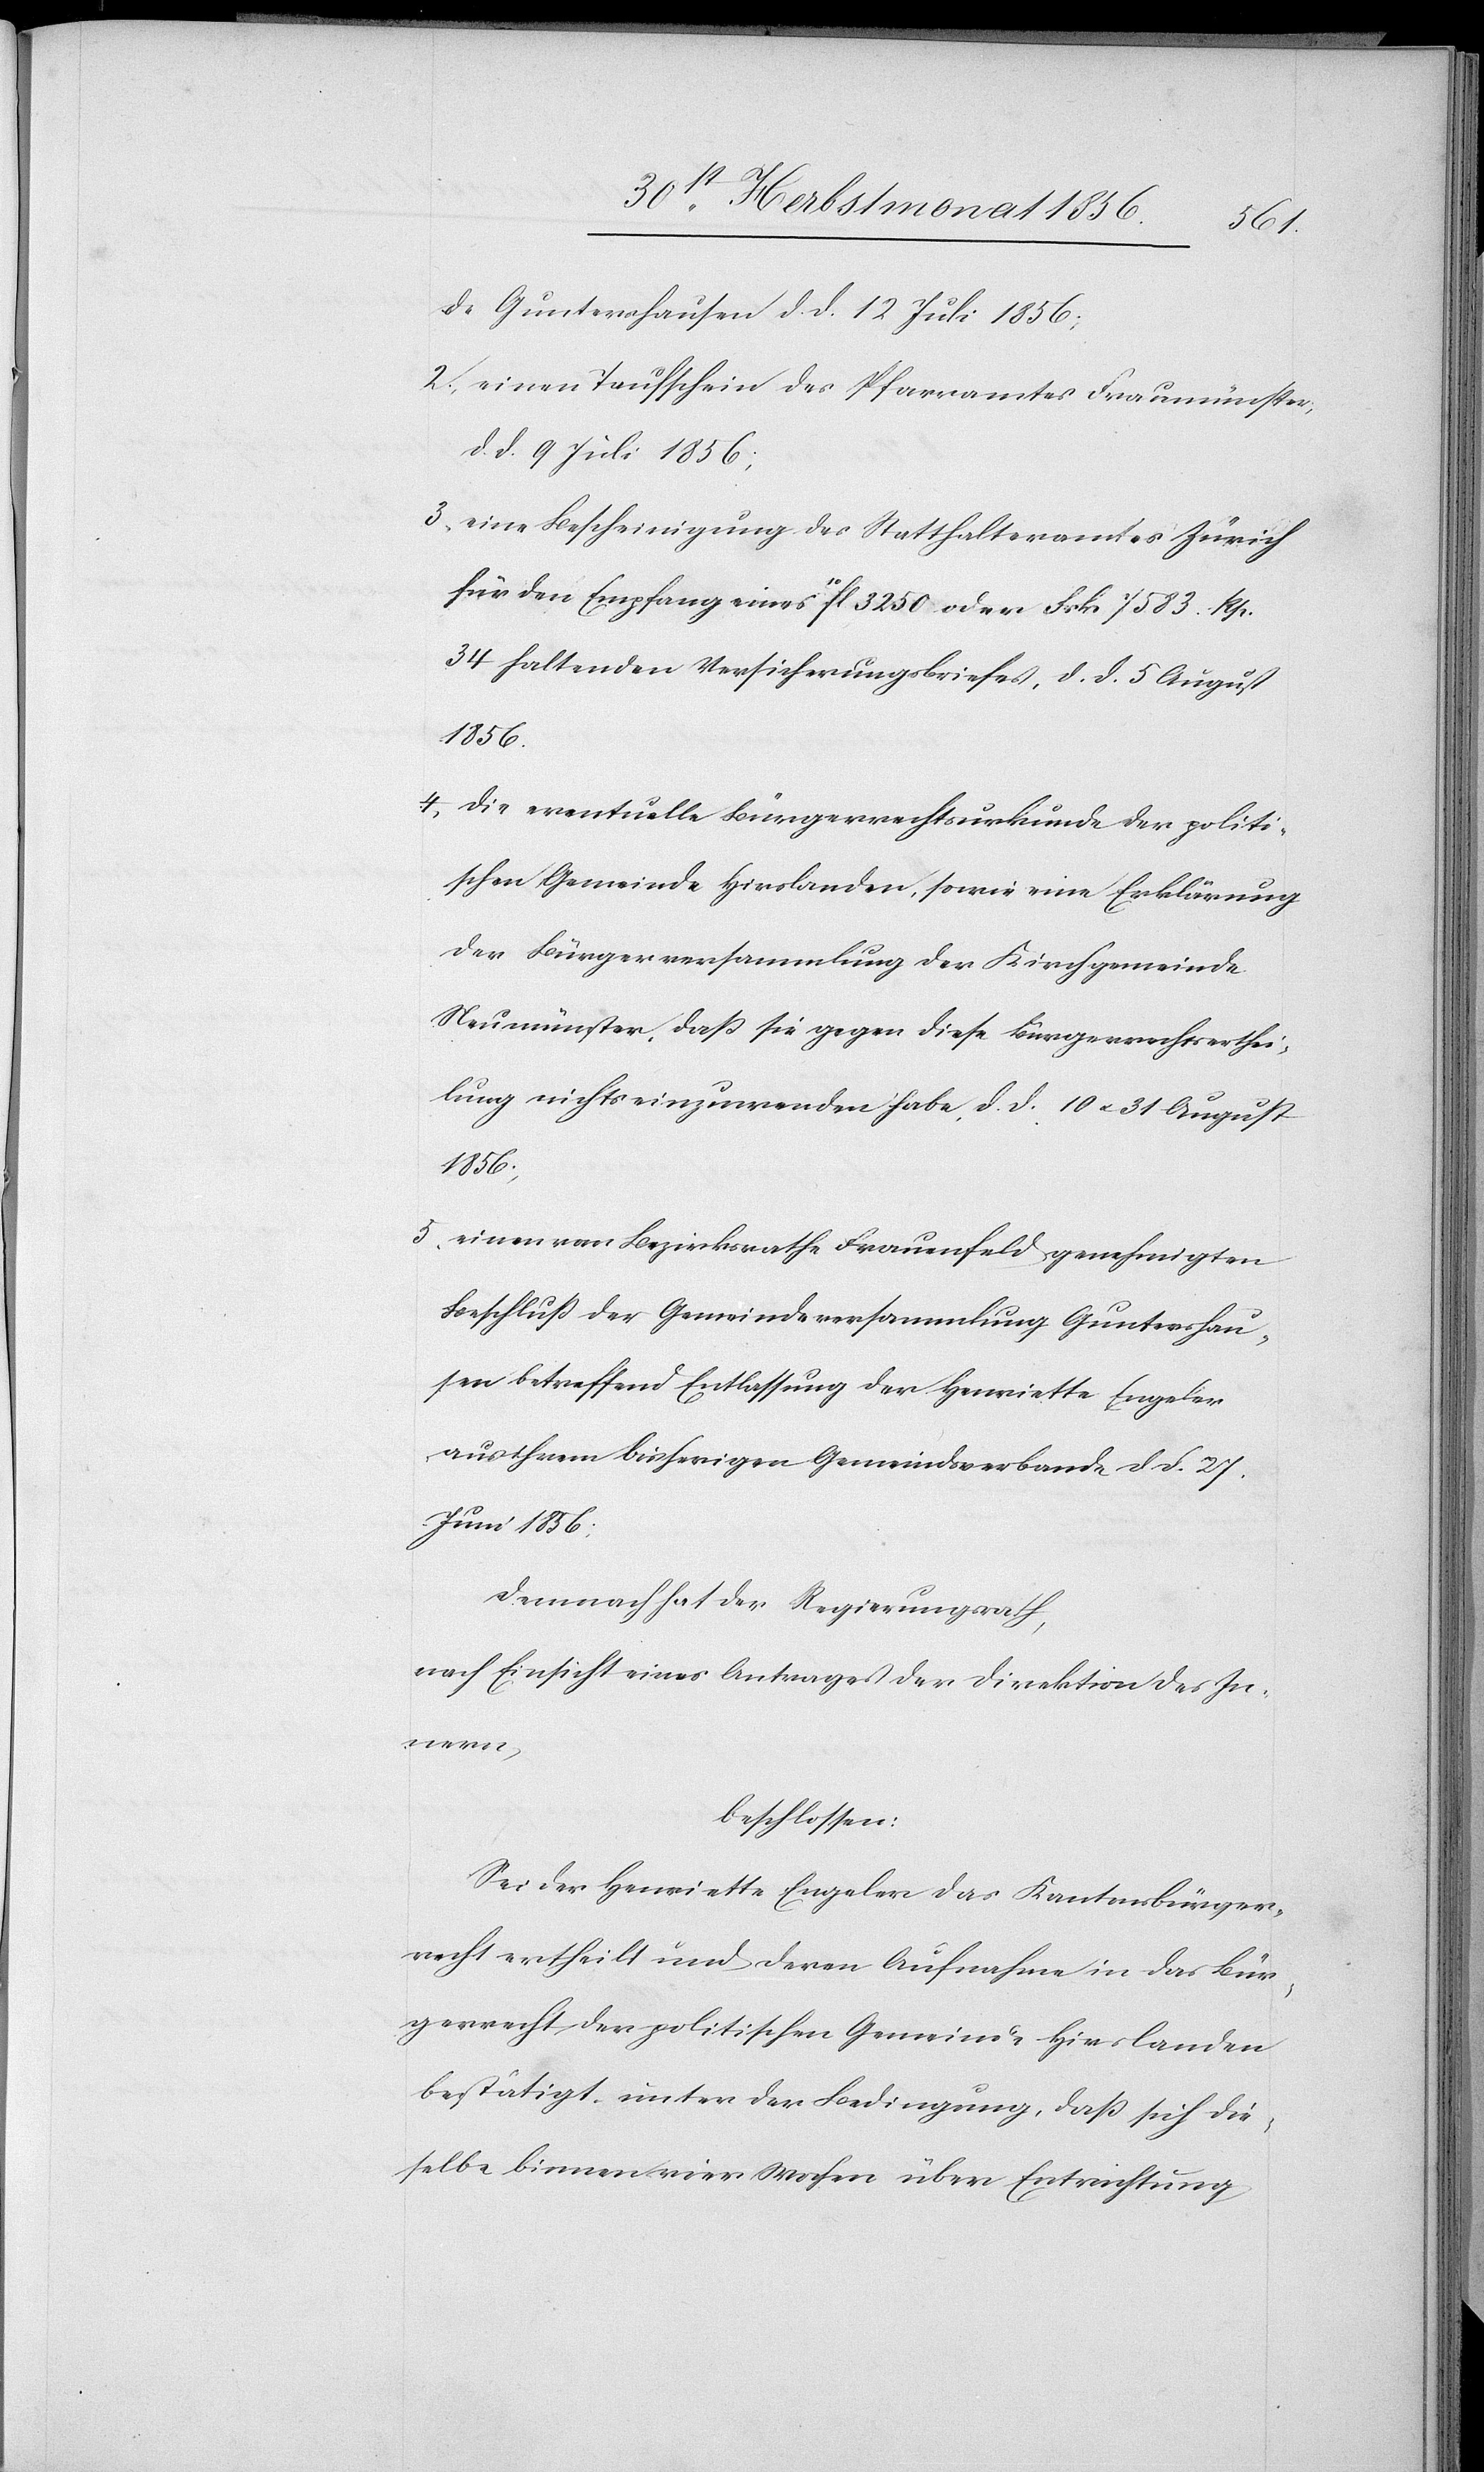
de Guntershausen d. d. 12 Juli 1856;
2.) einen Taufschein des Pfarramtes Fraumünster;
d. d. 9 Juli 1856;
3.) eine Bescheinigung des Statthalteramtes Zürich
für den Empfang eines 10fl. 3250 oder Frk. 7583. Rp.
34 haltenden Versicherungsbriefes, d. d. 5 August
1856.
4.) die eventuelle Bürgerrechtsurkunde der politi¬
schen Gemeinde Hirslanden, sowie eine Erklärung
der Bürgerversammlung der Kirchgemeinde
Neumünster, dass sie gegen diese Bürgerrechtserthei¬
lung nichts einzuwenden habe, d. d. 10 u. 31 August
1856;
5.) einen vom Bezirksrathe Frauenfeld genehmigten
Beschluß der Gemeindeversammlung Guntershau¬
sen betreffend Entlassung der Henriette Engeler
aus ihrem bisherigen Gemeindsverbande d. d 27.
Juni 1856;
Demnach hat der Regierungsrath,
nach Einsicht eines Antrages der Direktion des In¬
nern,
beschlossen:
Sei der Henriette Engeler das Kantonsbürger¬
recht ertheilt und deren Aufnahme in das Bür¬
gerrecht der politischen Gemeinde Hirslanden
bestätigt, unter der Bedingung, dass sich die¬
selbe binnen vier Wochen über Entrichtung